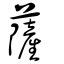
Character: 薩